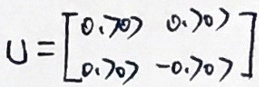
$U = \begin{bmatrix} 0.707 & 0.707 \\ 0.707 & -0.707 \end{bmatrix}$